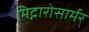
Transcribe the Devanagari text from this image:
मिद्गारोसार्मर्